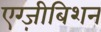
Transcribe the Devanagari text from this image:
एग्ज़ीबिशन